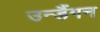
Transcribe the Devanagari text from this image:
उन्डैंगन